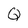
Character: Q